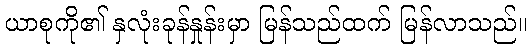
ယာစုကို၏ နှလုံးခုန်နှုန်းမှာ မြန်သည်ထက် မြန်လာသည်။